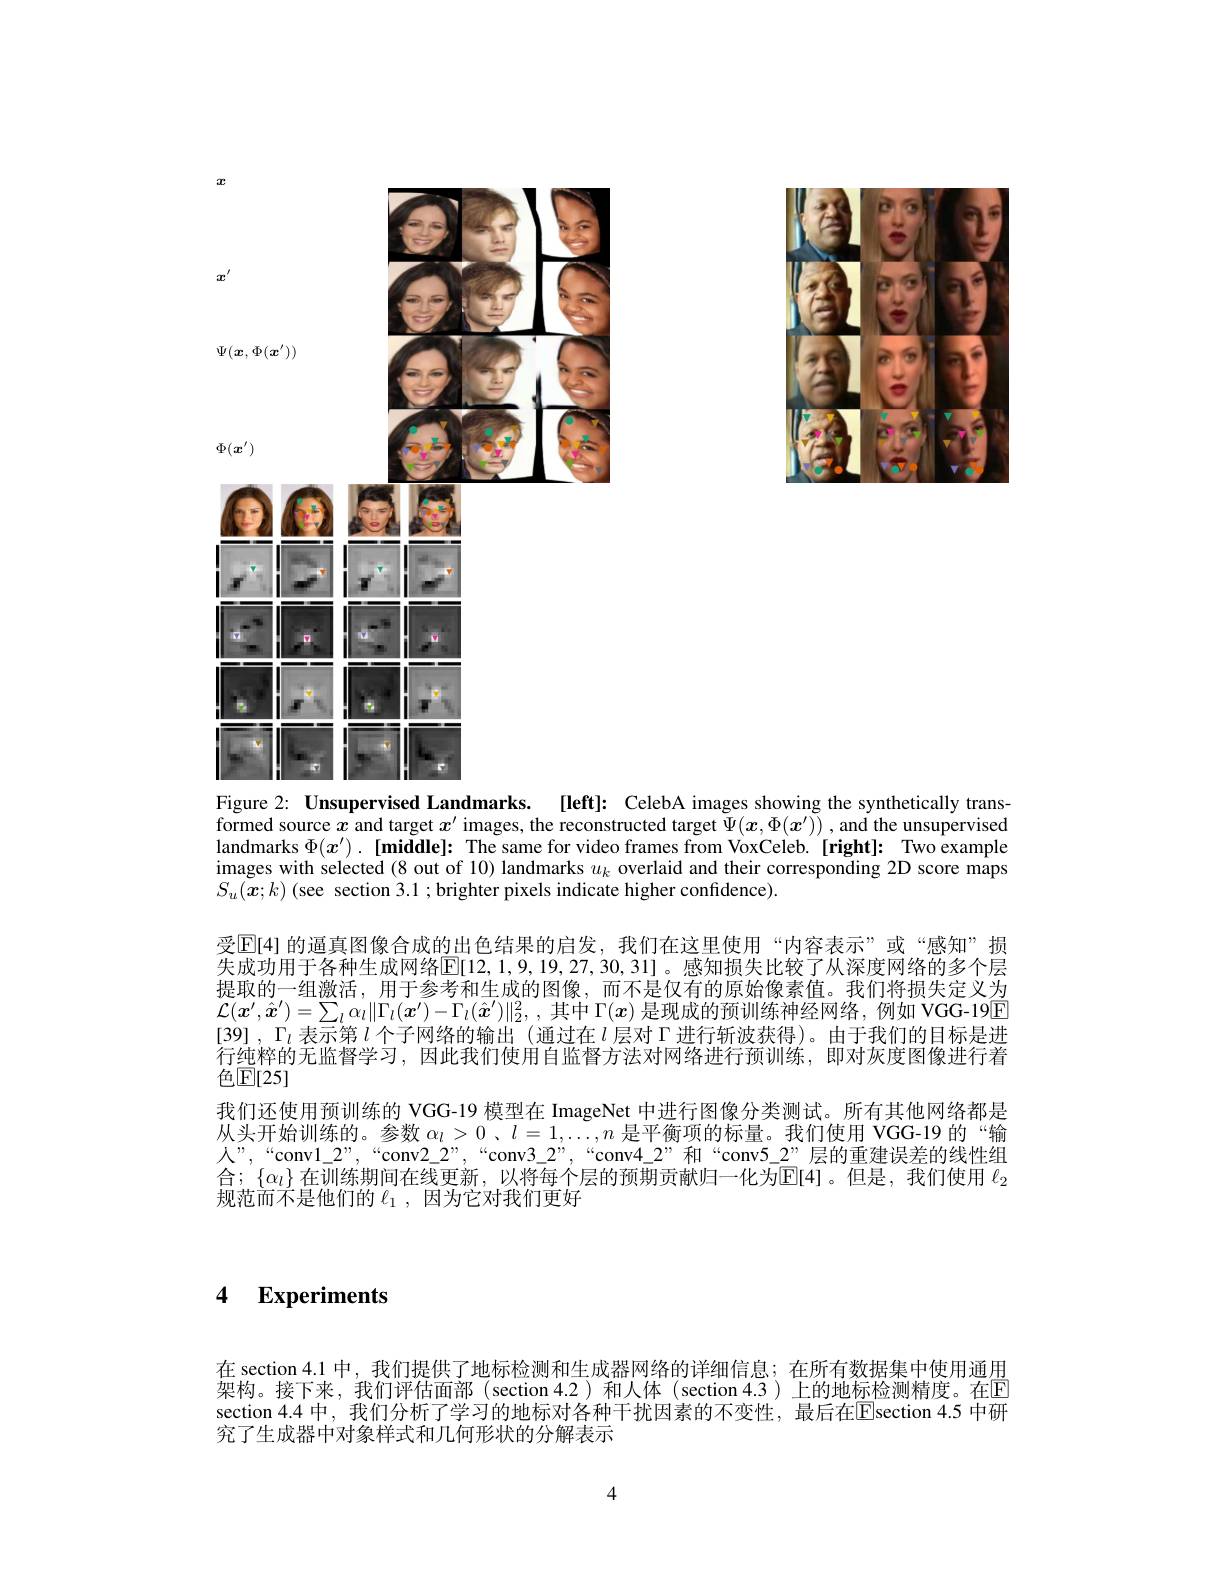
<FigureHere>

<FigureHere>
Figure 2: Unsupervised Landmarks. [left]: CelebA images showing the synthetically trans-

formed source $x$ and target $x^\prime$ images, the reconstructed target $\Psi(x,\Phi(x^{\prime}))$ ,and the unsupervised landmarks $\Phi ( x^{\prime }) . \textbf{[ middle] : The same for video frames from VoxCeleb. [ right] : Two example}$ images with selected (8 out of 10) landmarks $u_k$ overlaid and their corresponding 2D score maps $S_{u}(\tilde{\boldsymbol{x}};k)$ (see section 3.1 ; brighter pixels indicate higher confidence).
受E[4] 的逼真图像合成的出色结果的启发，我们在这里使用“内容表示”或“感知”损失成功用于各种生成网络$\boxed{\mathbb{E}[12,1,9,19,27,30,31]}$。感知损失比较了从深度网络的多个层提取的一组激活，用于参考和生成的图像，而不是仅有的原始像素值。我们将损失定义为$\mathcal{L}(x^{\prime},\hat{x}^{\prime})=\sum_l\alpha_l\|\Gamma_l(x^{\prime})-\Gamma_l(\hat{x}^{\prime})\|_2^2$,其中$\Gamma(x)$是现成的预训练神经网络，例如 VGG-19$\underline{\mathrm{F}}$ [39] ,$\Gamma_l$表示第$l$个子网络的输出 (通过在$l$层对$\Gamma$进行斩波获得)。由于我们的目标是进行纯粹的无监督学习，因此我们使用自监督方法对网络进行预训练，即对灰度图像进行着色$\mathbb{E}[25]$
我们还使用预训练的 VGG-19 模型在 ImageNet 中进行图像分类测试。所有其他网络都是从头开始训练的。参数$\alpha_l>0$ 、$l=1,\ldots,n$是平衡项的标量。我们使用 VGG-19 的“输人”,“conv1$\_2”,“conv2\_2”,“conv3\_2”,“conv4\_2”和“conv5\_2”层的重建误差的线性组$ 合；$\{\alpha_l\}$ 在训练期间在线更新，以将每个层的预期贡献归一化为$\mathbb{E}[4]$。但是，我们使用 $\ell_2$ 规范而不是他们的$\ell_1$,因为它对我们更好

4 $\textbf{Experiments}$

在 section 4.1 中，我们提供了地标检测和生成器网络的详细信息；在所有数据集中使用通用架构。接下来，我们评估面部(section 4.2)和人体(section 4.3)上的地标检测精度。在E section 4.4 中，我们分析了学习的地标对各种干扰因素的不变性，最后在$\overline{\mathrm{E}}$section 4.5 中研究了生成器中对象样式和几何形状的分解表示

4